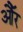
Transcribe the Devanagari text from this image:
औॅर